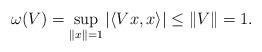
LaTeX: \begin{align*}\omega(V) = \sup_{\|x \| =1}|\langle Vx, x \rangle| \leq \| V \|=1.\end{align*}